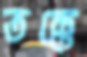
তক্কে